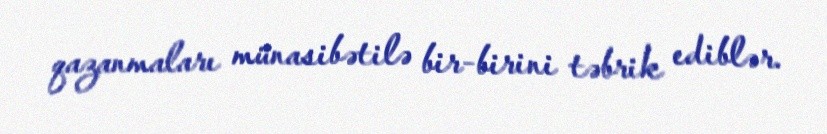
qazanmaları münasibətilə bir-birini təbrik ediblər.